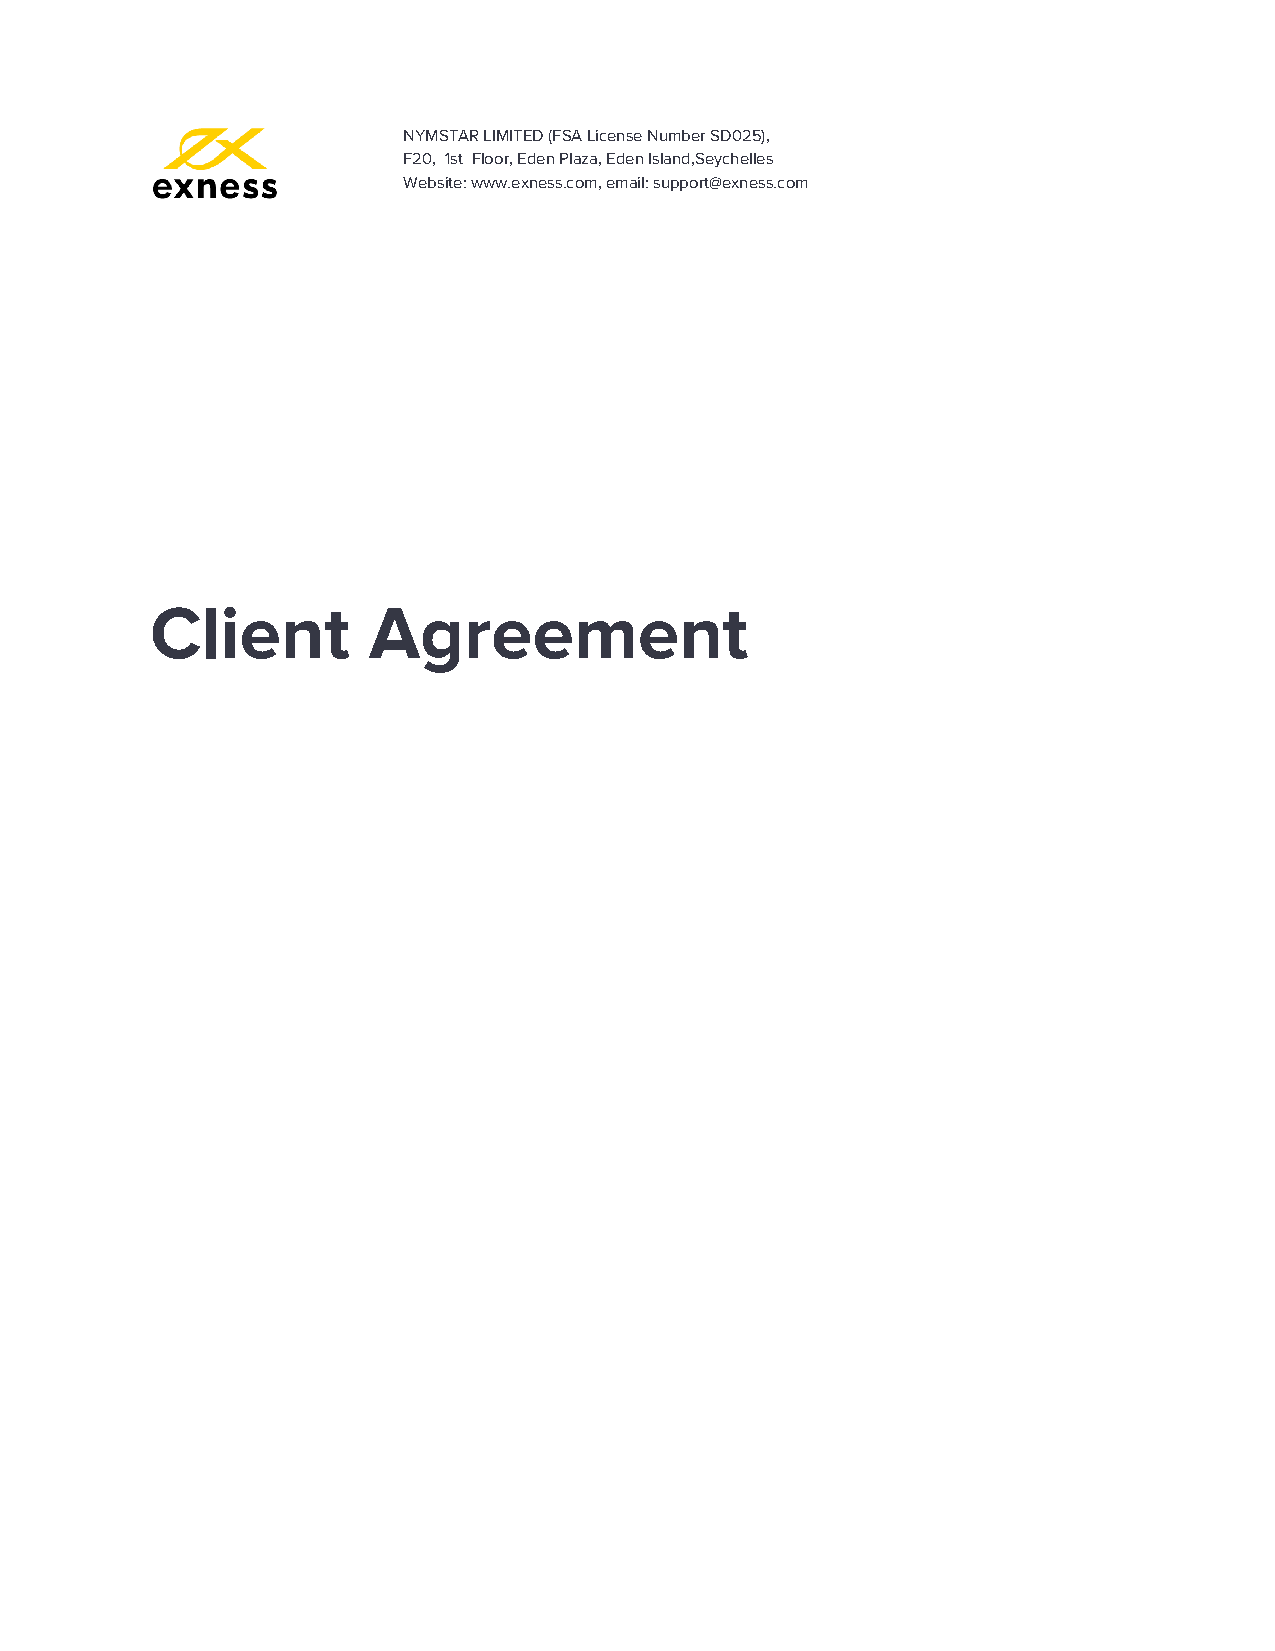
NYMSTAR LIMITED (FSA License Number SD025),
 F20, 1st Floor, Eden Plaza, Eden Island,Seychelles
 Website: www.exness.com, email: support@exness.com
 Client        Agreement